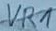
Text: VR1